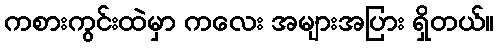
ကစားကွင်းထဲမှာ ကလေး အများအပြား ရှိတယ်။